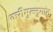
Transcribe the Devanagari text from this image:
करीमुल्लुगात